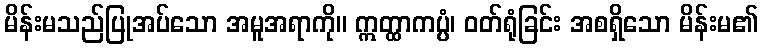
မိန်းမသည်ပြုအပ်သော အမူအရာကို။ ဣတ္ထာကပ္ပံ၊ ဝတ်ရုံခြင်း အစရှိသော မိန်းမ၏